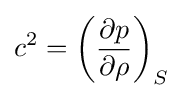
c^{2}=\left({\frac {\partial p}{\partial \rho }}\right)_{S}